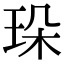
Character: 𤤸